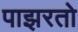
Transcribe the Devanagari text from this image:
पाझरतो